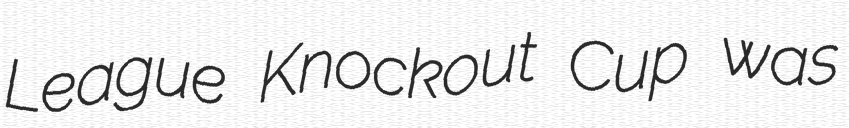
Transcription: League Knockout Cup was